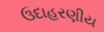
ઉદાહરણીય